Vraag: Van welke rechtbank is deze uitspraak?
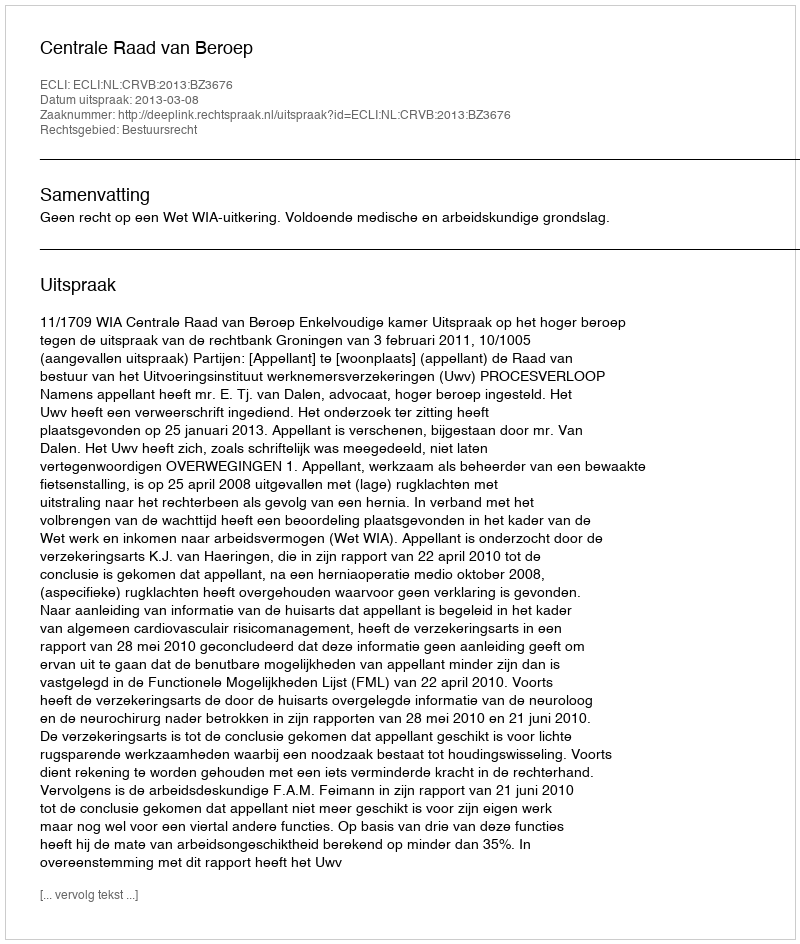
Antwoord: Centrale Raad van Beroep